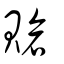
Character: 賶